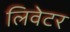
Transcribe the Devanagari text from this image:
लिवेटर